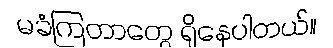
မခံကြတာတွေ ရှိနေပါတယ်။